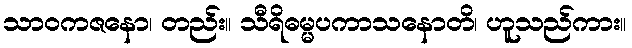
သာဝကဇနော၊ တည်း။ သီရိဓမ္မပကာသနောတိ၊ ဟူသည်ကား။